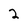
Character: 2